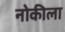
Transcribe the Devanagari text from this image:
नोकीला